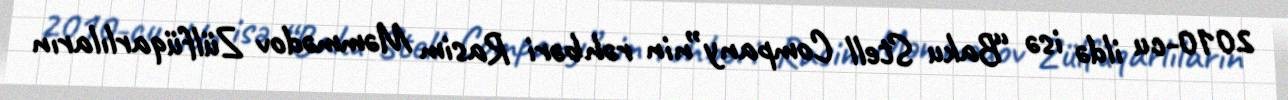
2010-cu ildə isə “Baku Stell Company”nin rəhbəri Rasim Məmmədov Zülfüqarlıların